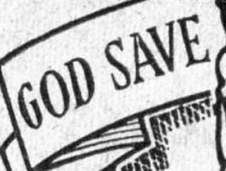
GOD SAVE